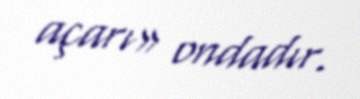
açarı» ondadır.